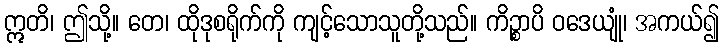
ဣတိ၊ ဤသို့။ တေ၊ ထိုဒုစရိုက်ကို ကျင့်သောသူတို့သည်။ ကိဉ္စာပိ ဝဒေယျုံ၊ အကယ်၍